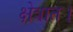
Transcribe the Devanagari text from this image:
क्षेत्रात।